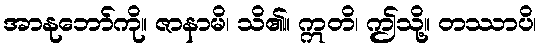
အာနုဘော်ကို။ ဇာနာမိ၊ သိ၏။ ဣတိ၊ ဤသို့။ တဿာပိ၊